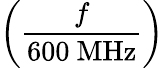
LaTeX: \left({\frac{f}{600~\mathrm{MHz}}}\right)